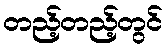
တည့်တည့်တွင်